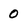
Character: 0